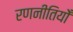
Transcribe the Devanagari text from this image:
रणनीतियोँ